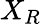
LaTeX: X_{R}